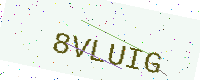
Text: 8VLUIG